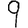
Digit: 9